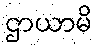
ဌာယာမိ